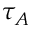
\tau _ { A }